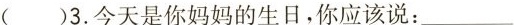
( )3.今天是你妈妈的生日,你应该说:___